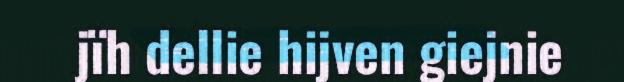
jïh dellie hijven giejnie